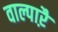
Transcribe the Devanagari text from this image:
वाल्पाऱै